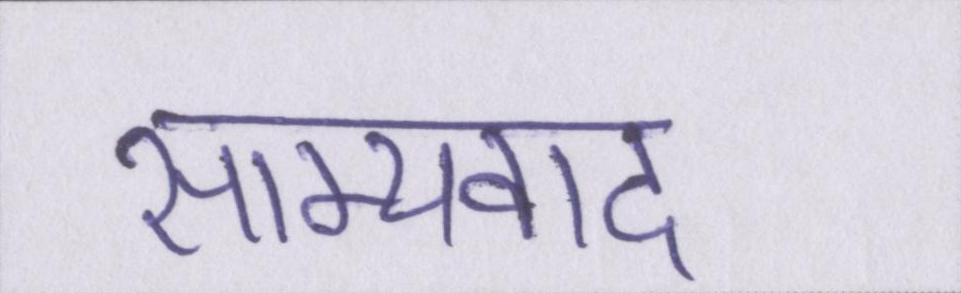
साम्यवाद